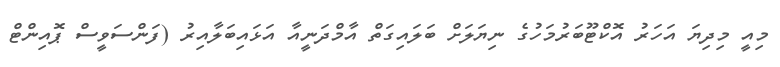
މިއީ މިދިޔަ އަހަރު އޮކްޓޫބަރުމަހުގެ ނިޔަލަށް ބަލައިގަތް އާމްދަނީއާ އަޅައިބަލާއިރު (ފަންސަވީސް ޕޮއިންޓް